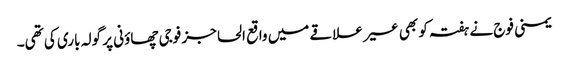
یمنی فوج نے ہفتہ کو بھی عسیر علاقے میں واقع الحاجز فوجی چھاؤنی پر گولہ باری کی تھی۔